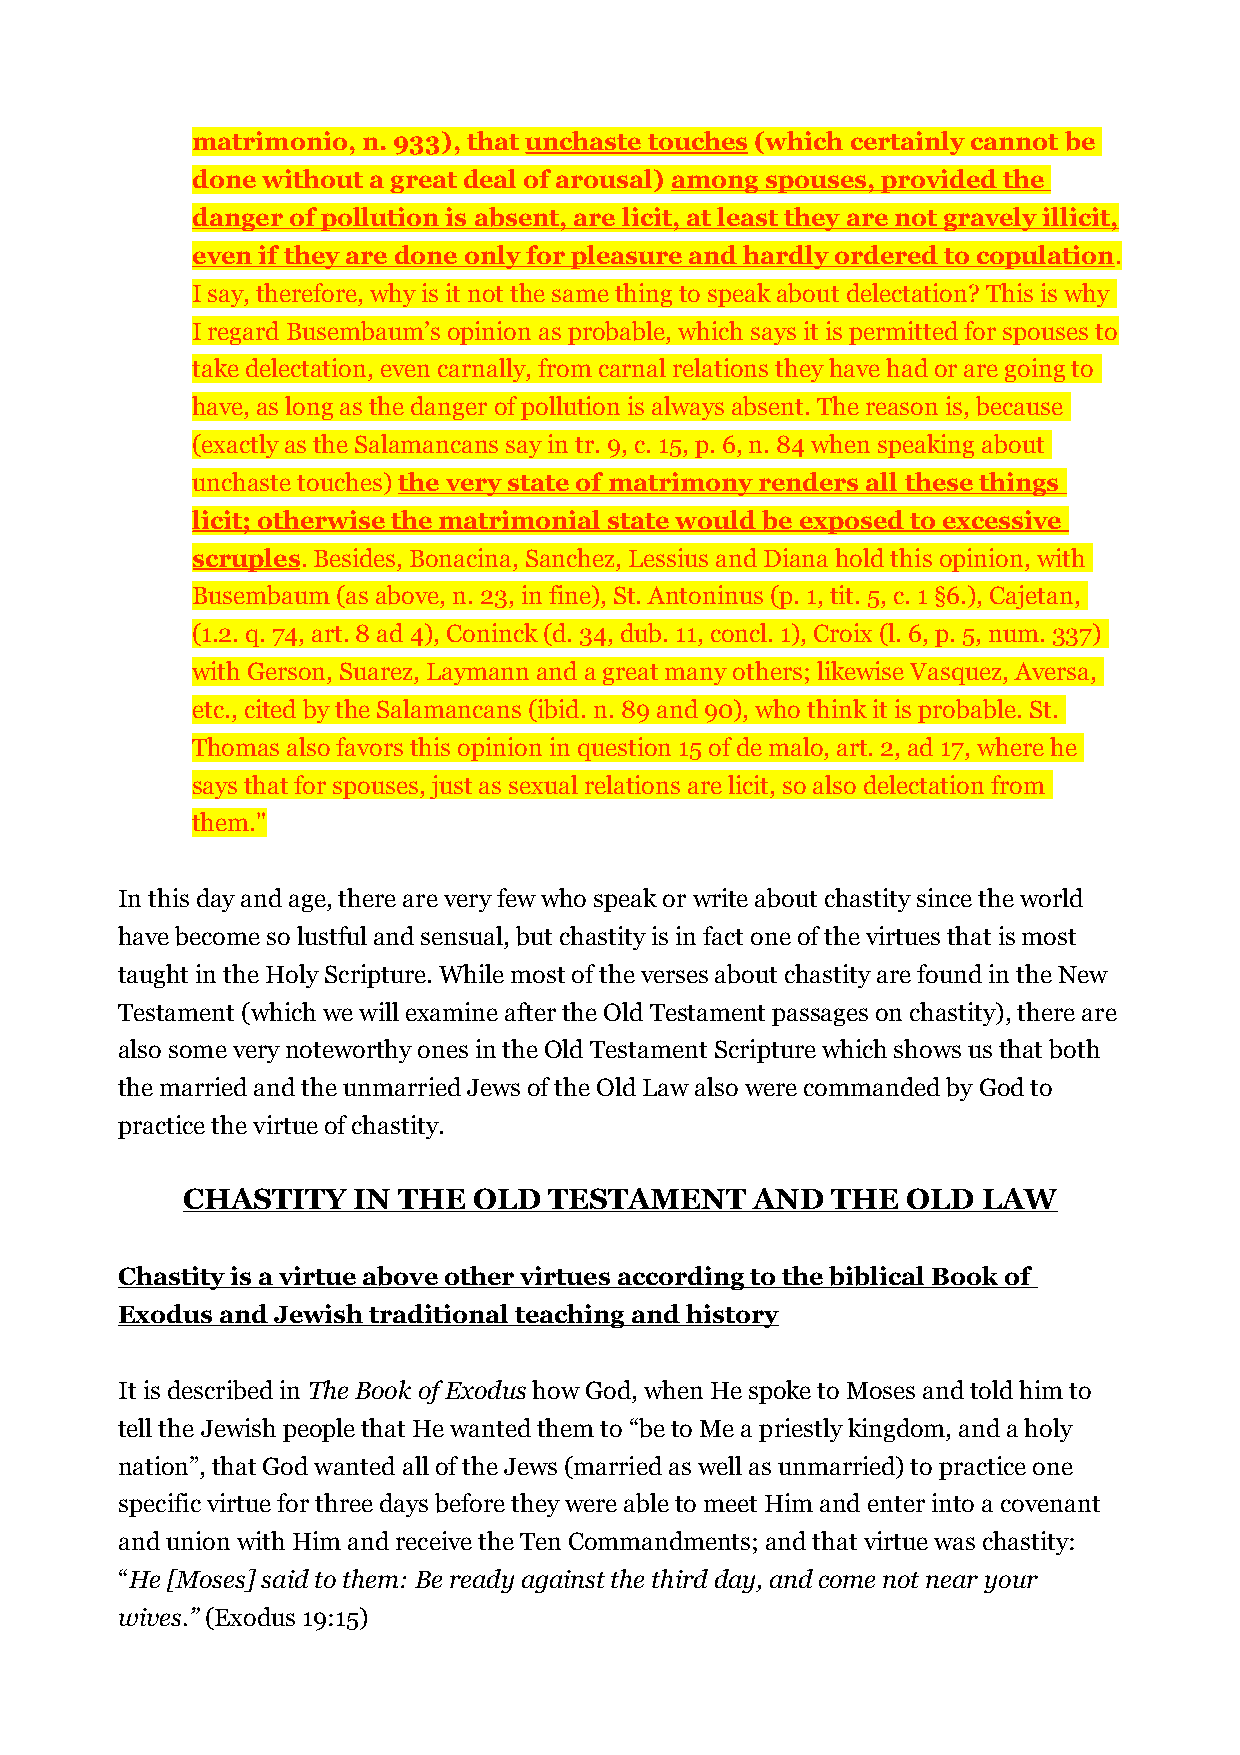
matrimonio, n. 933), that unchaste touches (which certainly cannot be
 done without a great deal of arousal) among spouses, provided the
 danger of pollution is absent, are licit, at least they are not gravely illicit,
 even if they are done only for pleasure and hardly ordered to copulation.
 I say, therefore, why is it not the same thing to speak about delectation? This is why
 I regard Busembaum’s opinion as probable, which says it is permitted for spouses to
 take delectation, even carnally, from carnal relations they have had or are going to
 have, as long as the danger of pollution is always absent. The reason is, because
 (exactly as the Salamancans say in tr. 9, c. 15, p. 6, n. 84 when speaking about
 unchaste touches) the very state of matrimony renders all these things
 licit; otherwise the matrimonial state would be exposed to excessive
 scruples. Besides, Bonacina, Sanchez, Lessius and Diana hold this opinion, with
 Busembaum (as above, n. 23, in fine), St. Antoninus (p. 1, tit. 5, c. 1 §6.), Cajetan,
 (1.2. q. 74, art. 8 ad 4), Coninck (d. 34, dub. 11, concl. 1), Croix (l. 6, p. 5, num. 337)
 with Gerson, Suarez, Laymann and a great many others; likewise Vasquez, Aversa,
 etc., cited by the Salamancans (ibid. n. 89 and 90), who think it is probable. St.
 Thomas also favors this opinion in question 15 of de malo, art. 2, ad 17, where he
 says that for spouses, just as sexual relations are licit, so also delectation from
 them."
 In this day and age, there are very few who speak or write about chastity since the world
 have become so lustful and sensual, but chastity is in fact one of the virtues that is most
 taught in the Holy Scripture. While most of the verses about chastity are found in the New
 Testament (which we will examine after the Old Testament passages on chastity), there are
 also some very noteworthy ones in the Old Testament Scripture which shows us that both
 the married and the unmarried Jews of the Old Law also were commanded by God to
 practice the virtue of chastity.
 CHASTITY   IN THE  OLD  TESTAMENT     AND  THE  OLD  LAW
 Chastity is a virtue above other virtues according to the biblical Book of
 Exodus and Jewish traditional teaching and history
 It is described in The Book of Exodus how God, when He spoke to Moses and told him to
 tell the Jewish people that He wanted them to “be to Me a priestly kingdom, and a holy
 nation”, that God wanted all of the Jews (married as well as unmarried) to practice one
 specific virtue for three days before they were able to meet Him and enter into a covenant
 and union with Him and receive the Ten Commandments; and that virtue was chastity:
 “He [Moses] said to them: Be ready against the third day, and come not near your
 wives.” (Exodus 19:15)